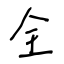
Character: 全